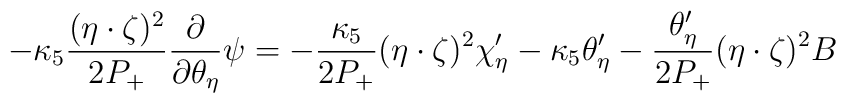
-\kappa_5\frac{(\eta\cdot\zeta)^2}{2P_+}\frac{\partial}{\partial\theta_\eta} \psi = -\frac{\kappa_5}{2P_+} (\eta\cdot\zeta)^2\chi'_\eta - \kappa_5 \theta'_\eta - \frac{\theta'_\eta}{2P_+}(\eta\cdot\zeta)^2 B